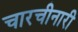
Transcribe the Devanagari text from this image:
चारचीनारी